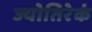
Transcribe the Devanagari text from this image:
ज्योतिरेकं